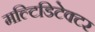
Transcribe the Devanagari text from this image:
मल्टिडिटेक्टर